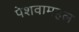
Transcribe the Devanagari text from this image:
पेशवामहल